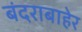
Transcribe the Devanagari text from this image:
बंदराबाहेर